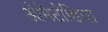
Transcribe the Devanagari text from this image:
ओमेटीडिया